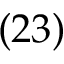
( 2 3 )